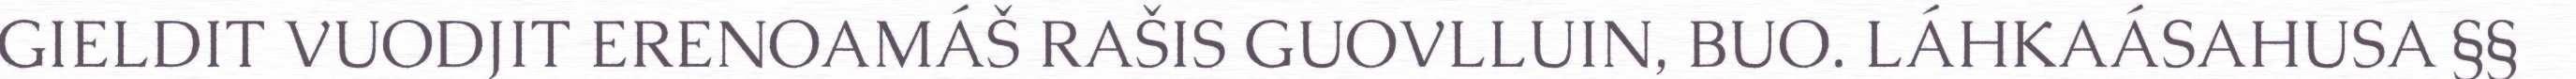
GIELDIT VUODJIT ERENOAMÁŠ RAŠIS GUOVLLUIN, BUO. LÁHKAÁSAHUSA §§